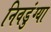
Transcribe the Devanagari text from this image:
निवडुंग्या